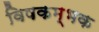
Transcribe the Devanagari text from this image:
विषकम्भक